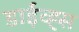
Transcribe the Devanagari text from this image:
डाईव्ह्स